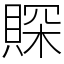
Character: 賝